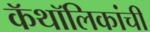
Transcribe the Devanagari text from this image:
कॅथॉलिकांची